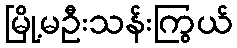
မြို့မဦးသန်းကြွယ်